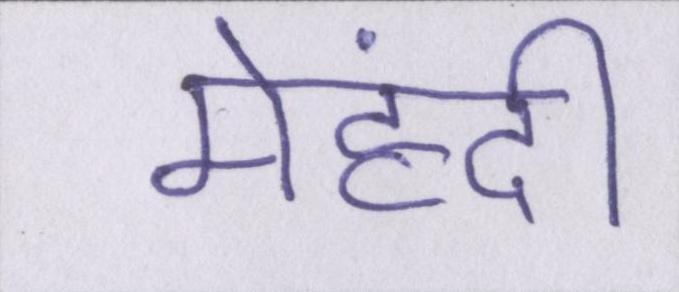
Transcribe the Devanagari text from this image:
मेहंदी